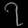
Digit: ၇